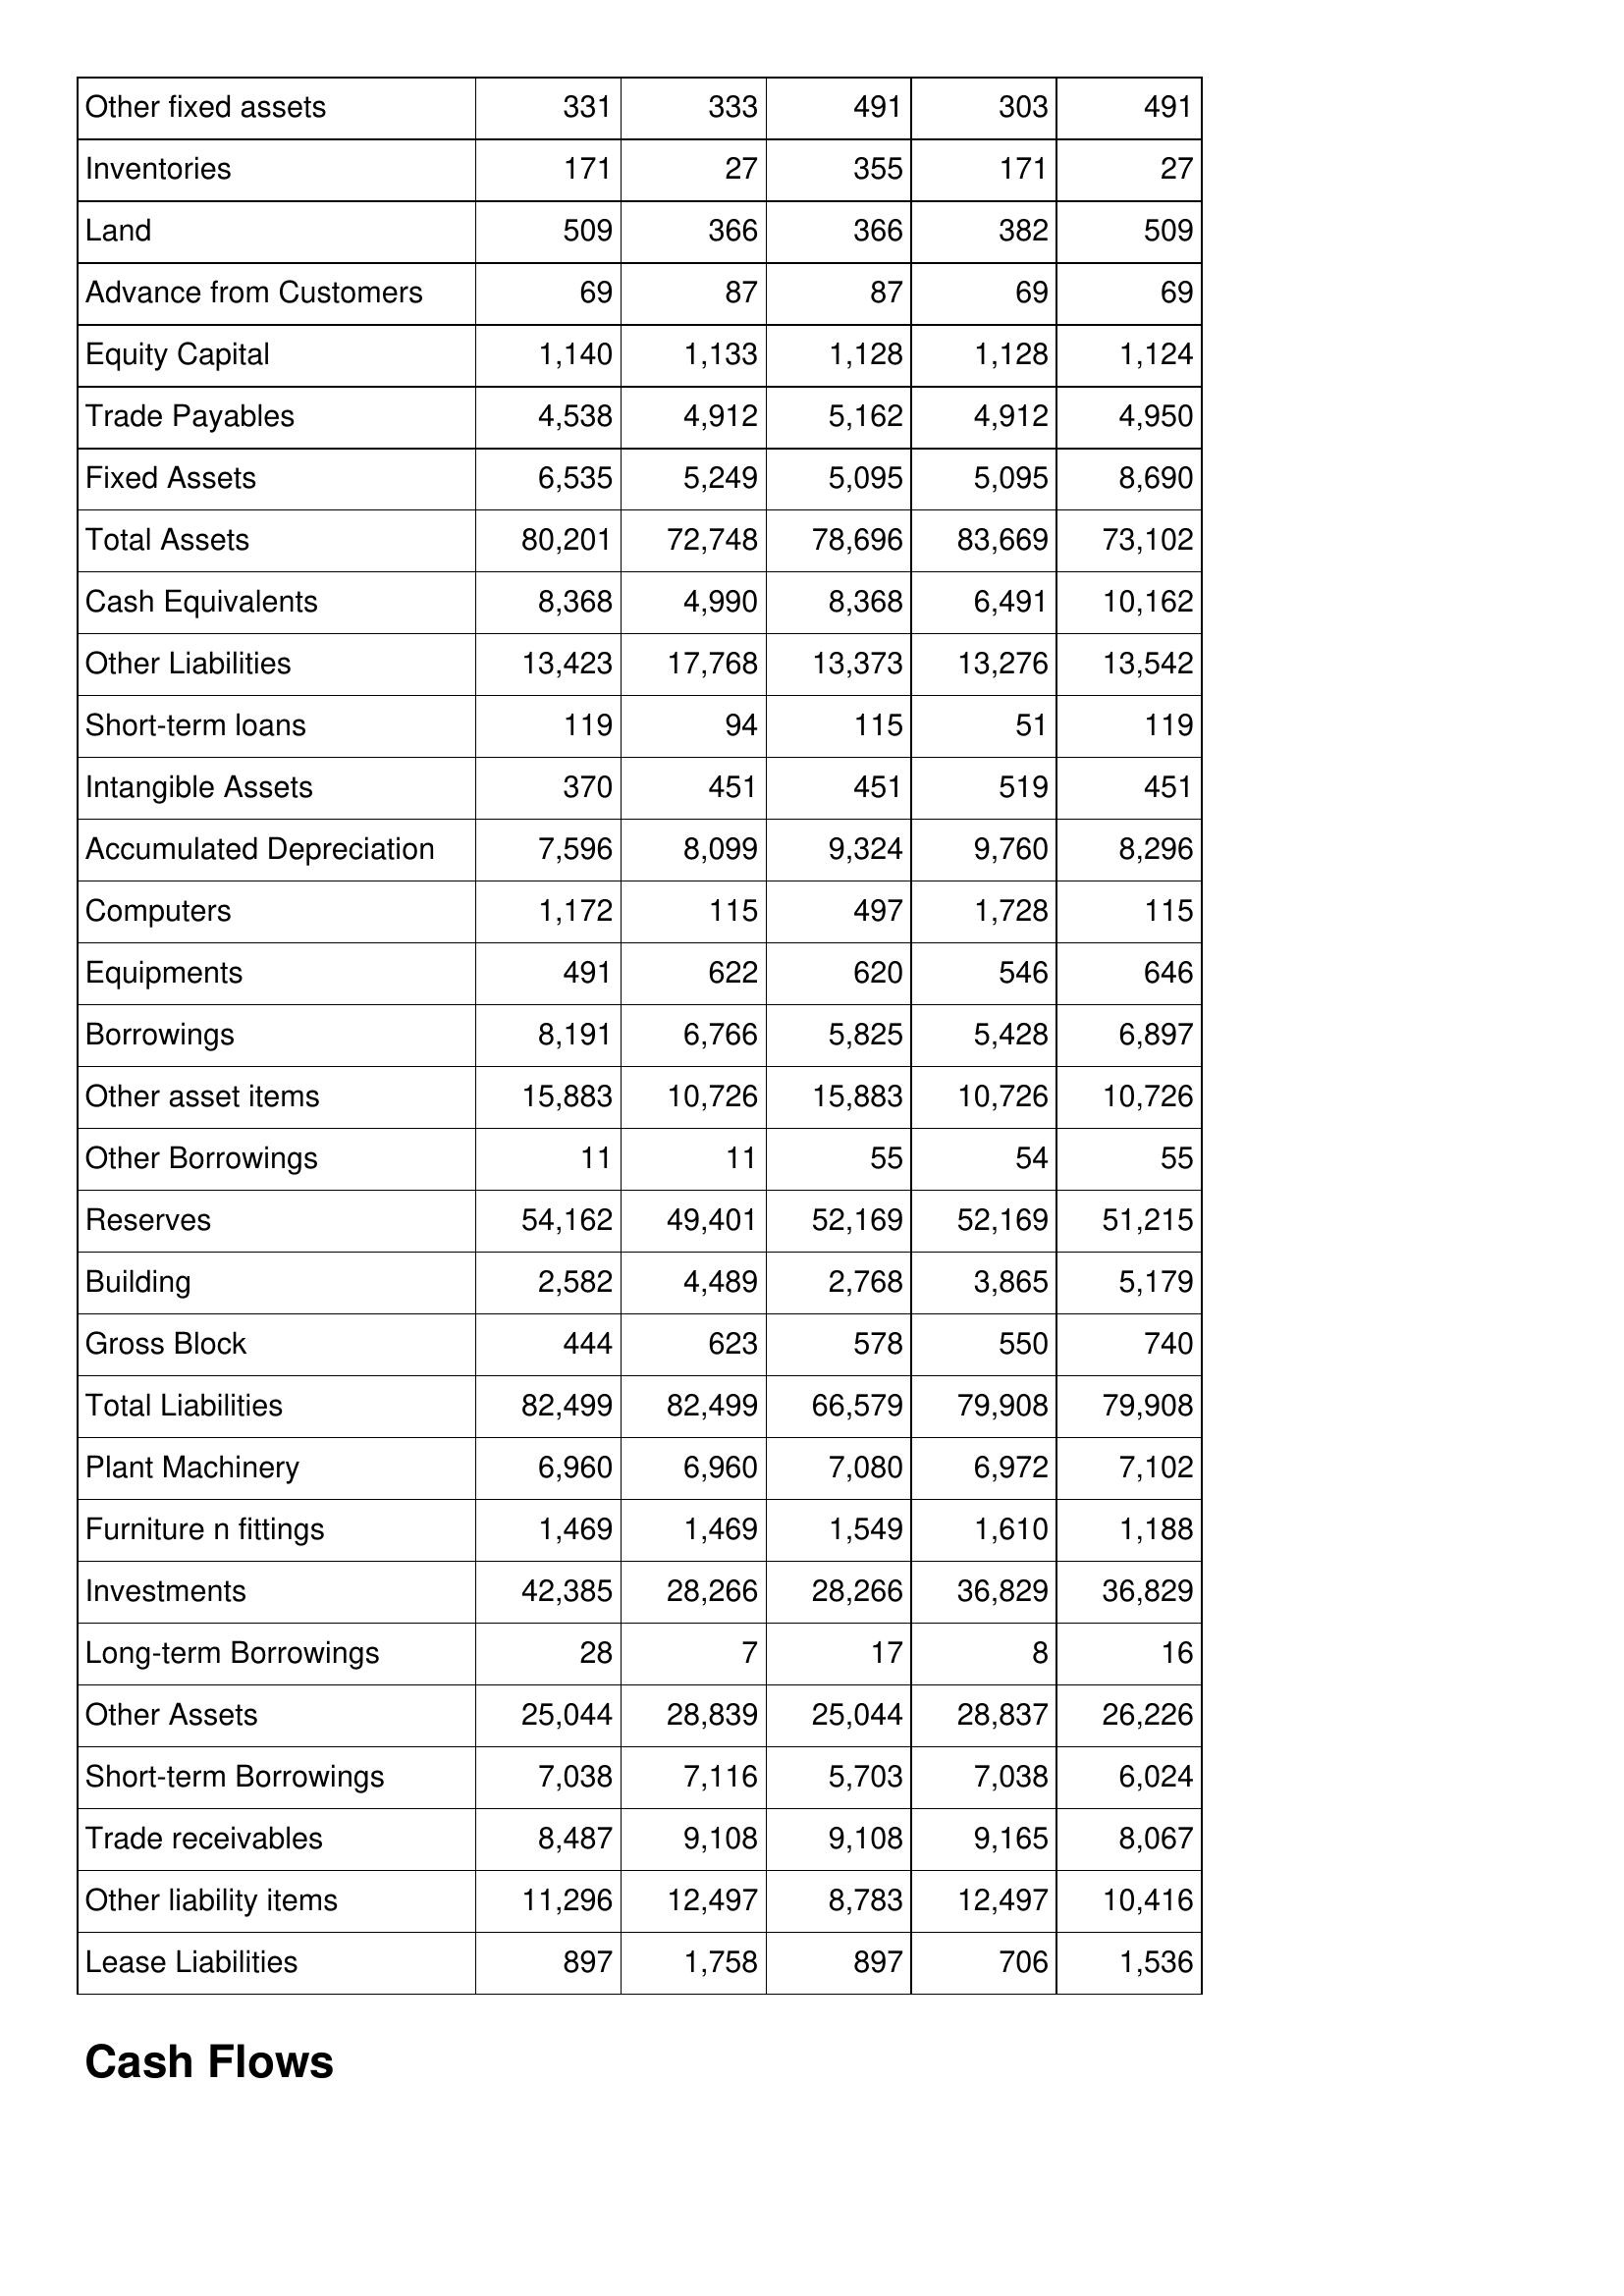
Apr-14: Balance Sheet: Other fixed assets: 331
Inventories: 171
Land: 509
Advance from Customers: 69
Equity Capital: 1,140
Trade Payables: 4,538
Fixed Assets: 6,535
Total Assets: 80,201
Cash Equivalents: 8,368
Other Liabilities: 13,423
Short-term loans: 119
Intangible Assets: 370
Accumulated Depreciation: 7,596
Computers: 1,172
Equipments: 491
Borrowings: 8,191
Other asset items: 15,883
Other Borrowings: 11
Reserves: 54,162
Building: 2,582
Gross Block: 444
Total Liabilities: 82,499
Plant Machinery: 6,960
Furniture n fittings: 1,469
Investments: 42,385
Long-term Borrowings: 28
Other Assets: 25,044
Short-term Borrowings: 7,038
Trade receivables: 8,487
Other liability items: 11,296
Lease Liabilities: 897
Apr-15: Balance Sheet: Other fixed assets: 333
Inventories: 27
Land: 366
Advance from Customers: 87
Equity Capital: 1,133
Trade Payables: 4,912
Fixed Assets: 5,249
Total Assets: 72,748
Cash Equivalents: 4,990
Other Liabilities: 17,768
Short-term loans: 94
Intangible Assets: 451
Accumulated Depreciation: 8,099
Computers: 115
Equipments: 622
Borrowings: 6,766
Other asset items: 10,726
Other Borrowings: 11
Reserves: 49,401
Building: 4,489
Gross Block: 623
Total Liabilities: 82,499
Plant Machinery: 6,960
Furniture n fittings: 1,469
Investments: 28,266
Long-term Borrowings: 7
Other Assets: 28,839
Short-term Borrowings: 7,116
Trade receivables: 9,108
Other liability items: 12,497
Lease Liabilities: 1,758
Apr-16: Balance Sheet: Other fixed assets: 491
Inventories: 355
Land: 366
Advance from Customers: 87
Equity Capital: 1,128
Trade Payables: 5,162
Fixed Assets: 5,095
Total Assets: 78,696
Cash Equivalents: 8,368
Other Liabilities: 13,373
Short-term loans: 115
Intangible Assets: 451
Accumulated Depreciation: 9,324
Computers: 497
Equipments: 620
Borrowings: 5,825
Other asset items: 15,883
Other Borrowings: 55
Reserves: 52,169
Building: 2,768
Gross Block: 578
Total Liabilities: 66,579
Plant Machinery: 7,080
Furniture n fittings: 1,549
Investments: 28,266
Long-term Borrowings: 17
Other Assets: 25,044
Short-term Borrowings: 5,703
Trade receivables: 9,108
Other liability items: 8,783
Lease Liabilities: 897
Apr-17: Balance Sheet: Other fixed assets: 303
Inventories: 171
Land: 382
Advance from Customers: 69
Equity Capital: 1,128
Trade Payables: 4,912
Fixed Assets: 5,095
Total Assets: 83,669
Cash Equivalents: 6,491
Other Liabilities: 13,276
Short-term loans: 51
Intangible Assets: 519
Accumulated Depreciation: 9,760
Computers: 1,728
Equipments: 546
Borrowings: 5,428
Other asset items: 10,726
Other Borrowings: 54
Reserves: 52,169
Building: 3,865
Gross Block: 550
Total Liabilities: 79,908
Plant Machinery: 6,972
Furniture n fittings: 1,610
Investments: 36,829
Long-term Borrowings: 8
Other Assets: 28,837
Short-term Borrowings: 7,038
Trade receivables: 9,165
Other liability items: 12,497
Lease Liabilities: 706
Apr-18: Balance Sheet: Other fixed assets: 491
Inventories: 27
Land: 509
Advance from Customers: 69
Equity Capital: 1,124
Trade Payables: 4,950
Fixed Assets: 8,690
Total Assets: 73,102
Cash Equivalents: 10,162
Other Liabilities: 13,542
Short-term loans: 119
Intangible Assets: 451
Accumulated Depreciation: 8,296
Computers: 115
Equipments: 646
Borrowings: 6,897
Other asset items: 10,726
Other Borrowings: 55
Reserves: 51,215
Building: 5,179
Gross Block: 740
Total Liabilities: 79,908
Plant Machinery: 7,102
Furniture n fittings: 1,188
Investments: 36,829
Long-term Borrowings: 16
Other Assets: 26,226
Short-term Borrowings: 6,024
Trade receivables: 8,067
Other liability items: 10,416
Lease Liabilities: 1,536